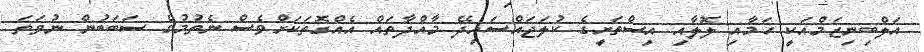
އަލްބިނިޒަމްއަކީ ހަމާއި ލޮލާއި އިސްތަށީގެ ކުލަޖައްސައިދޭ މާއްދާތައް އެއްގޮތަކަށްވެސް ނެތުމުގެ ސަބަބުން ނުވަތަ